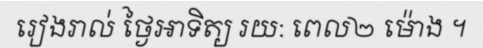
រៀងរាល់ ថ្ងៃអាទិត្យ រយ: ពេល២ ម៉ោង ។